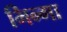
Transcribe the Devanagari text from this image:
भिन्गा